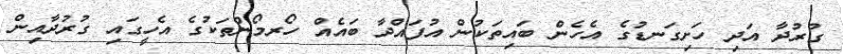
ގުރުދާ އަދި ހަށިގަނޑުގެ އެހެން ބައިތަކުން އުފައްދާ ބައެއް ހޯރމޯންތަކުގެ އެހީގައި ގުރުދާއިން